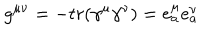
g ^ { \mu \nu } = - t r ( \gamma ^ { \mu } \gamma ^ { \nu } ) = e _ { a } ^ { \mu } e _ { a } ^ { \nu }